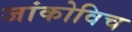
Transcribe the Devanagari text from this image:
जांकोविच